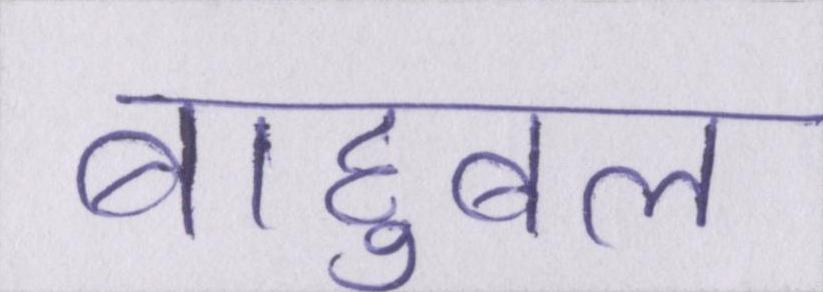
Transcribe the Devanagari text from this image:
बाहुबल